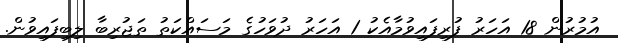
އުމުރުން 18 އަހަރު ފުރިފައިވުމާއެކު 1 އަހަރު ދުވަހުގެ މަސައްކަތު ތަޖުރިބާ ލިބިފައިވުން.